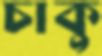
চাকু